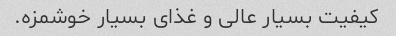
کیفیت بسیار عالی و غذای بسیار خوشمزه.